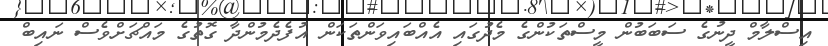
އިސްލާމް ދީނުގެ ސަބަބުން މީސްތަކުންގެ މެދުގައި އެއްބައިވަންތަކަން އުފެދެމުންދާ ގޮތުގެ މައްޗަށްވެސް ނައިބް